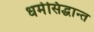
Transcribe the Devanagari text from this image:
धर्मसिद्धान्त